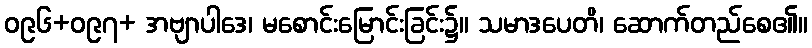
ဝ၉၆+ဝ၉၇+ အဗျာပါဒေ၊ မစောင်းမြောင်းခြင်း၌။ သမာဒပေတိ၊ ဆောက်တည်စေ၏။